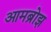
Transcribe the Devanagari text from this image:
आमब्रोझ